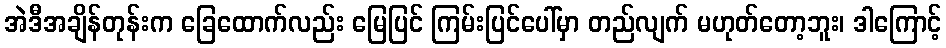
အဲဒီအချိန်တုန်းက ခြေထောက်လည်း မြေပြင် ကြမ်းပြင်ပေါ်မှာ တည်လျက် မဟုတ်တော့ဘူး၊ ဒါကြောင့်